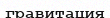
гравитация